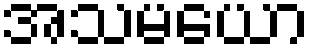
အသမယော